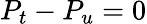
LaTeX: P_{t}-P_{u}=0